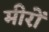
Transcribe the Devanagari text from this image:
मीरों